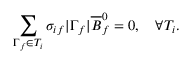
\sum _ { \Gamma _ { f } \in T _ { i } } \sigma _ { i f } \lvert \Gamma _ { f } \rvert \overline { { B } } _ { f } ^ { 0 } = 0 , \quad \forall T _ { i } .